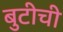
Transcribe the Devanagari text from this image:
बुटीची